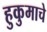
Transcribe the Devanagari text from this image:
हुकुमाचे